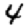
Digit: 4